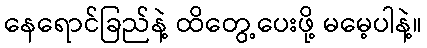
နေရောင်ခြည်နဲ့ ထိတွေ့ပေးဖို့ မမေ့ပါနဲ့။